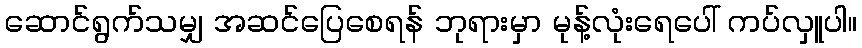
ဆောင်ရွက်သမျှ အဆင်ပြေစေရန် ဘုရားမှာ မုန့်လုံးရေပေါ် ကပ်လှူပါ။